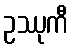
ဥဿုကီ